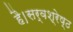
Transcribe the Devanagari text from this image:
है।सर्वश्रेष्ठ